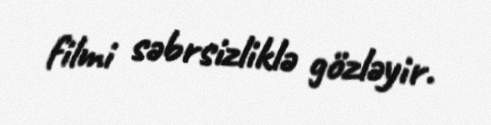
filmi səbrsizliklə gözləyir.